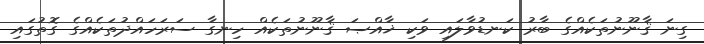
ގިނަ ޤާނޫނުތަކެއްގެ ބާރު ކަނޑުވާލައި ވަކި ޚާއްޞަ ޤާނޫނުތަކެއް ހިނގާ ސަރަހައްދުތަކެއްގެ ގޮތުގައި